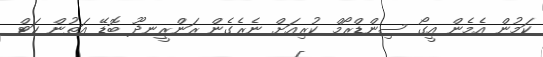
ކަމުން އެމެން އީގޯ ސިންޑްރޯމް ކުރިއަށް ނެރެގެން ރަންރީނދޫ ބޮޑޭ އަތުން ކަޓް